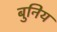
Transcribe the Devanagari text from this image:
बुनिय